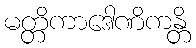
မတ္တိကာဒေါဏိကန္တိ